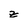
Character: z